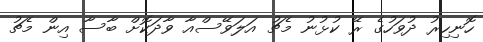
ހޮނިހިރު ދުވަހުގެ ރޭ ކުޅުނު މެޗު އަލަވޭސްއާ ވާދަކޮށް ބާސާ އިން މެޗު